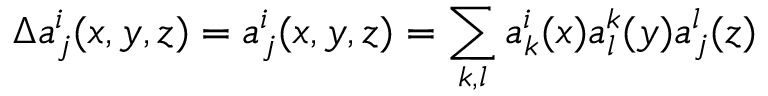
\Delta a _ { j } ^ { i } ( x , y , z ) = a _ { j } ^ { i } ( x , y , z ) = \sum _ { k , l } a _ { k } ^ { i } ( x ) a _ { l } ^ { k } ( y ) a _ { j } ^ { l } ( z )